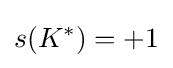
s(K^{*})=+1